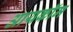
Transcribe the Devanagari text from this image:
आयकॉम